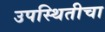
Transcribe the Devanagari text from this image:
उपस्थितीचा